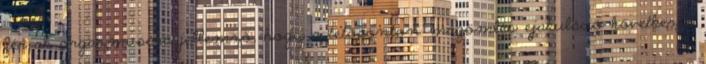
férﬁak orgazmusára jellemző, hogy a tetőponton magömlés ejakuláció következik